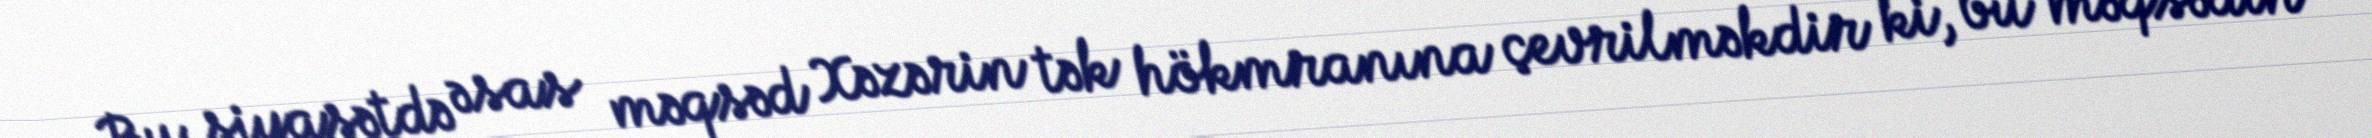
Bu siyasətdə əsas məqsəd Xəzərin tək hökmranına çevrilməkdir ki, bu məqsədin